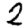
Digit: 2